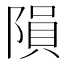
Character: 隕